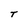
Character: T